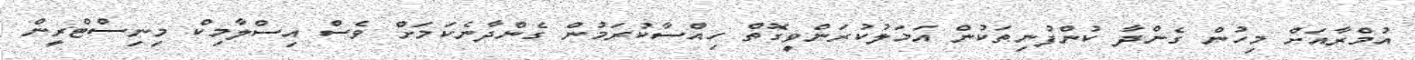
އުމްރާއަށް މިހުން ގެންދާ ކުންފުނިތަކުން އަމަލުކުރަންވީގޮތް ހިއްސާކުރަމުން ގެންދާނެކަމަށް ވެސް އިސްލާމިކް މިނިސްޓްރީން